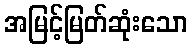
အမြင့်မြတ်ဆုံးသော